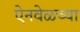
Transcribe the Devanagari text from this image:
ऐनवेळच्या